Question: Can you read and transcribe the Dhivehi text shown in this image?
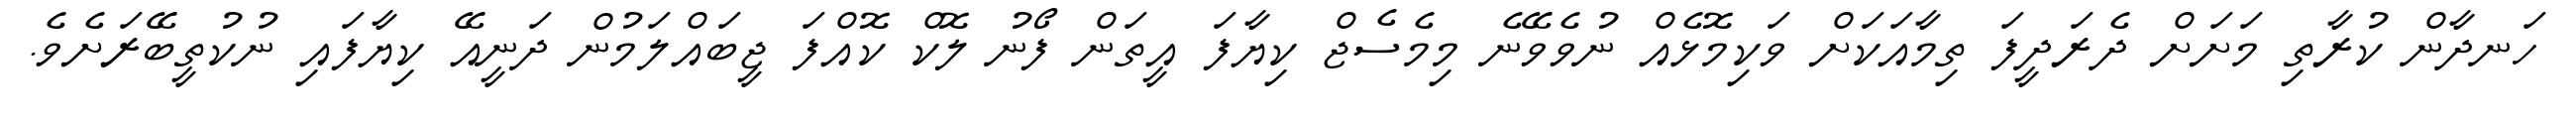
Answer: ހަނދާން ކުރާތި މަށަށް ދެރަދީފަ ތިމާއަކަށް ވަކިމޮޅެއް ނުވެވޭނެ މިމެސެޖް ކިޔާފަ އީތަން ފޯނު ލޮކް ކޮއްފަ ޖީބައްލަމުން ދަނީއޭ ކިޔާފައި ނުކުތީބޭރަށެވެ.